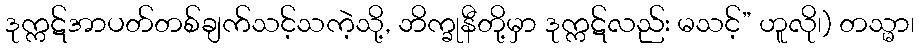
ဒုက္ကဋ်အာပတ်တစ်ချက်သင့်သကဲ့သို့, ဘိက္ခုနီတို့မှာ ဒုက္ကဋ်လည်း မသင့်” ဟူလို၊) တသ္မာ၊